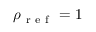
\rho _ { \mathrm { ~ r ~ e ~ f ~ } } = 1